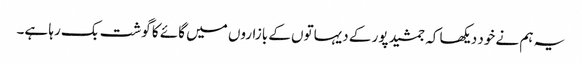
یہ ہم نے خود دیکھا کہ جمشید پور کے دیہاتوں کے بازاروں میں گائے کا گوشت بک رہا ہے۔